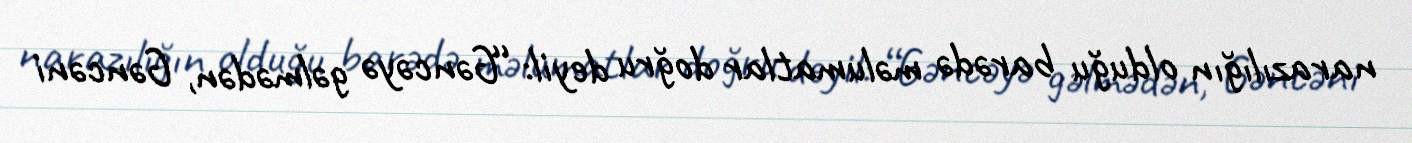
narazılığın olduğu barədə məlumatlar doğru deyil: “Gəncəyə gəlmədən, Gəncəni